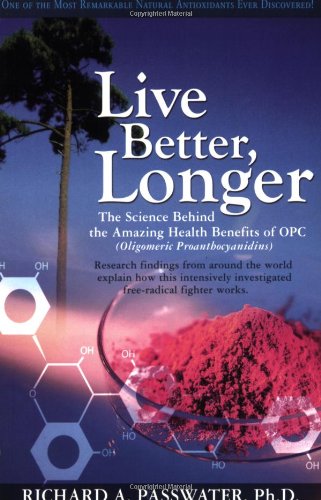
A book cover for Live Better, Longer; Richard A. Passwater; Health, Fitness & Dieting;